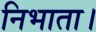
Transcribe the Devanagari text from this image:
निभाता।